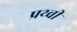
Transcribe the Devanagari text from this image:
प्रथ्‍वी